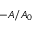
- A / A _ { 0 }